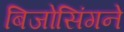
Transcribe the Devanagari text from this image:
बिजोसिंगने